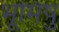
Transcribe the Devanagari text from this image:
भूमिषु